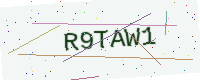
Text: R9TAW1